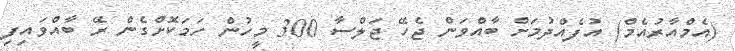
(އެމްއާރުއެމް) އުފެއްދުމަށް ބާއްވަން ޖެހޭ ޖަލްސާ 300 މީހުން ހަމަކޮށްގެން ރޭ ބާއްވައިފި